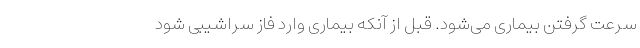
سرعت گرفتن بیماری می‌شود. قبل از آنکه بیماری وارد فاز سراشیبی شود